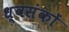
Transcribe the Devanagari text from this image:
ध्वसंकों